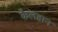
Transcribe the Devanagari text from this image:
कैलहान